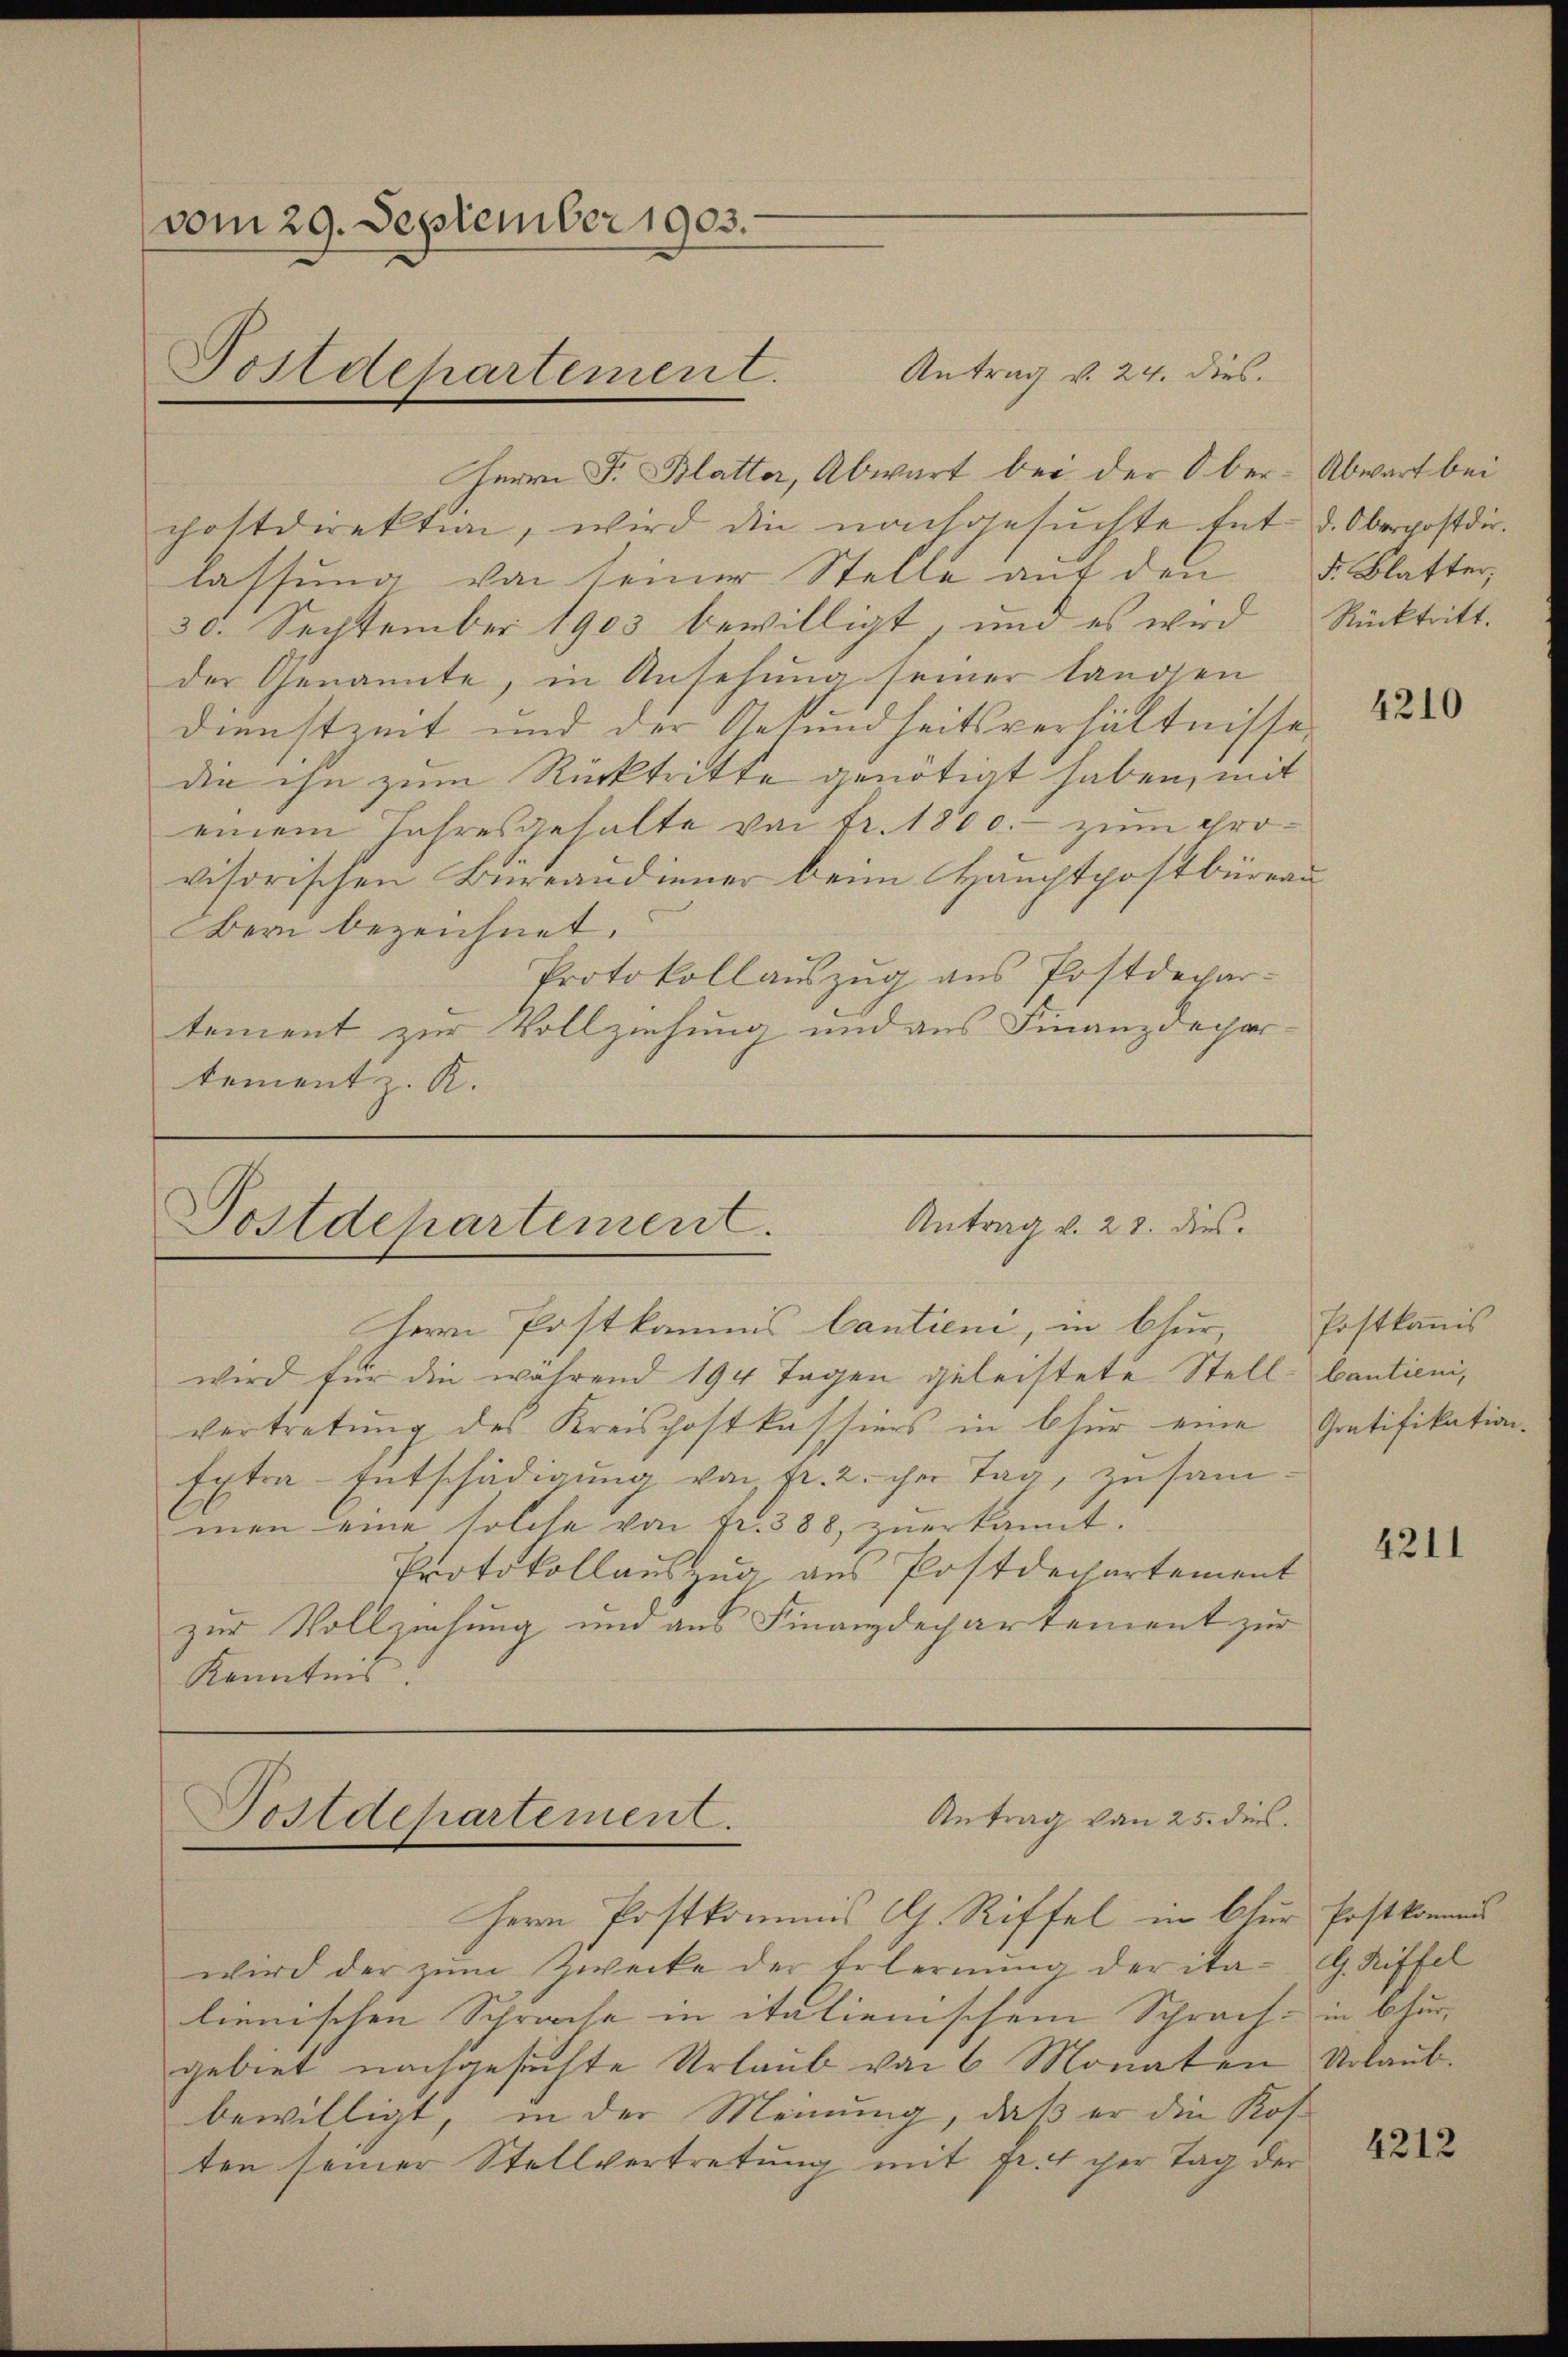
vom 29. September 1903.
Postdepartement.

Antrag v. 24. dies
Herrn F. Blatter, Abwart bei der Oberchostdirektion, wird die nachgesŭchte Ent- d. Oberpostdir.
lassung von seiner Stelle auf den d. Blatter,
30. Sechtember 1903 bewilligt, und es wird
der Genannte, in Ansehung seiner landen
Dienstzeit und der Gesundheitsverhältnisse
die ihn zum Rücktritte genötigt haben, mit
einem Jahresgehalte von fr. 1800.- zum provisorischen Bureaudiener beim Hauptpostbüreau
Bern bezeichnet.
Protokollauszug aus Postdepar-
tement zur Vollziehung und aus Finanzdepar-
tement z. R.

Antrag d. 21. dies
Postdepartement.

Herrn Postkommis Cantieni, in Chur,
wird für die während 194 Tagen geleistete Stell-Cautioni,
vertretung des Kreischoftkassiers in für eine Gratifikation
Extra-Entschädigung von pr. 2. ihre Tag, zusammen eine solche von fr. 388, zuerkannt.
Protokollauszug aus Postdechartement
zur Vollziehung und aus Finanzdepartement zur
Kenntnis:

E
Antrag von 25. dies
Postdepartement.

Abwart bei
Rücktritt.

Herrn Postkommis C. Riffel in Oser Postkomms
wird der zŭm Zwecke der Erlernŭng der ita- G. Riffel
lienischen Sprache in italienischem Sprach, in bur- |
gebiet nachgesuchte Urlaub von 6 Monaten Urlaubbewilligt, in der Meinung, daß er die Kos
ten seiner Stellvertretung mit Fr. 4 cher Tag der

4210

Postkanis

4211

4212